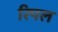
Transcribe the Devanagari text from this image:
रिपल